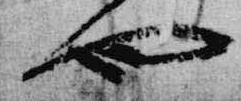
也